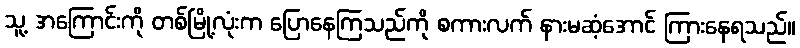
သူ့ အကြောင်းကို တစ်မြို့လုံးက ပြောနေကြသည်ကို စကားလက် နားမဆံ့အောင် ကြားနေရသည်။